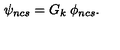
\psi _ { n c s } = G _ { k } \: \phi _ { n c s } .